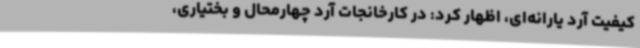
کیفیت آرد یارانه‌ای، اظهار کرد: در کارخانجات آرد چهارمحال و بختیاری،